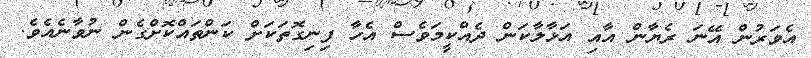
އެވަރުން އޭނަ ރެޔާން އާއި އަޅާލާކަން ދެއްކީމަވެސް އެހާ ފިނިގޮތަކަށް ކަންތައްކޮށްގެން ނުވާނެއެވެ.